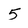
Character: 5